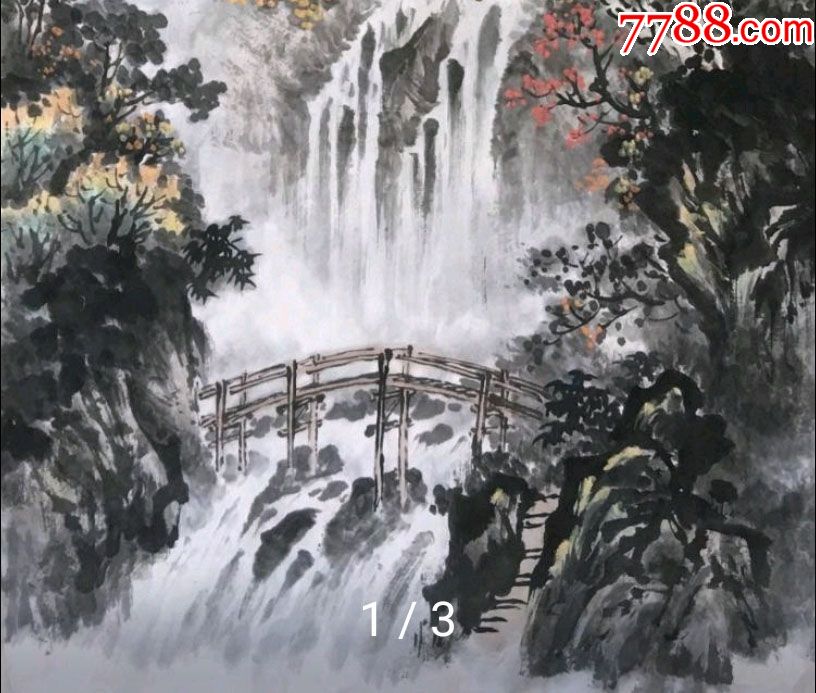
玉露金风报素秋，穿针楼上独含愁。